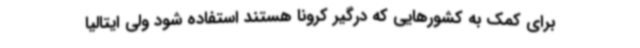
برای کمک به کشورهایی که درگیر کرونا هستند استفاده شود ولی ایتالیا